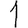
Digit: 1